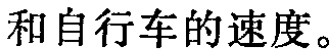
和自行车的速度。